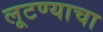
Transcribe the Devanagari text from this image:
लूटण्याचा